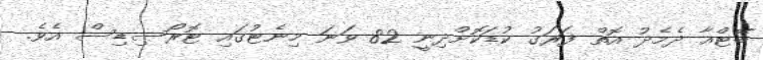
ބޭޓްއާ ދެމެދު އޮތް ފަރަގު ކުޑަކޮށްދިނީ 82 ވަނަ މިނެޓުގައި ޓޮރޯސިޑިސް އެވެ.